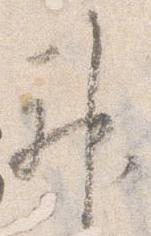
神